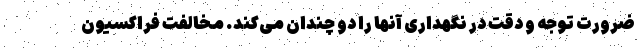
ضرورت توجه و دقت در نگهداری آنها را دو چندان می‌کند. مخالفت فراکسیون